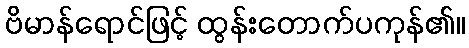
ဗိမာန်ရောင်ဖြင့် ထွန်းတောက်ပကုန်၏။